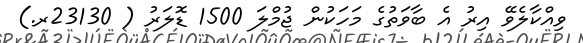
ވިއްކާލެވޭ އިރު އެ ބާވަތުގެ މަހަކުން ޖުމްލަ 1500 ޑޮލަރު ( 23130ރ.)